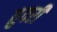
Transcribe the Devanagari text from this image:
तुवरी